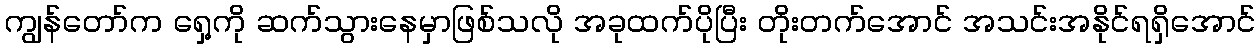
ကျွန်တော်က ရှေ့ကို ဆက်သွားနေမှာဖြစ်သလို အခုထက်ပိုပြီး တိုးတက်အောင် အသင်းအနိုင်ရရှိအောင်